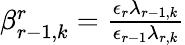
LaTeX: \begin{array}{r}{\beta_{r-1,k}^{r}=\frac{\epsilon_{r}\lambda_{r-1,k}}{\epsilon_{r-1}\lambda_{r,k}}}\end{array}